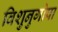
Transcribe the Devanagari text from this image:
विशुनुगोपा